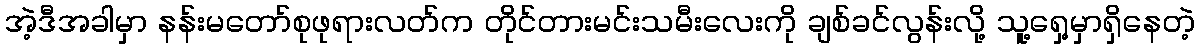
အဲ့ဒီအခါမှာ နန်းမတော်စုဖုရားလတ်က တိုင်တားမင်းသမီးလေးကို ချစ်ခင်လွန်းလို့ သူ့ရှေ့မှာရှိနေတဲ့